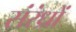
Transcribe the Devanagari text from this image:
संरंध्रों